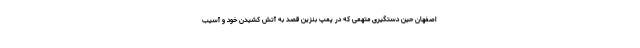
اصفهان حین دستگیری متهمی که در پمپ بنزین قصد به آتش کشیدن خود و آسیب